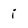
Character: i